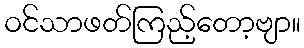
ဝင်သာဖတ်ကြည့်တော့ဗျာ။